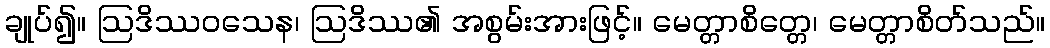
ချုပ်၍။ ဩဒိဿဝသေန၊ ဩဒိဿ၏ အစွမ်းအားဖြင့်။ မေတ္တာစိတ္တေ၊ မေတ္တာစိတ်သည်။